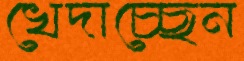
খেদাচ্ছেন